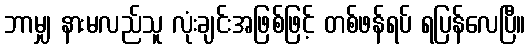
ဘာမျှ နားမလည်သူ လုံးချင်းအဖြစ်ဖြင့် တစ်ဖန်ရပ် ရပြန်လေပြီ။